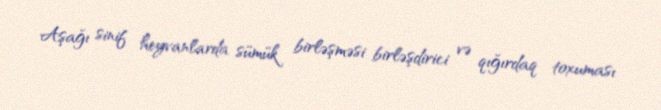
Aşağı sinif heyvanlarda sümük birləşməsi birləşdirici və qığırdaq toxuması